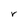
Character: r